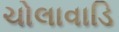
ચોલાવાડિ